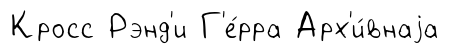
Кросс Рэнд'и Г'е́рра Арх'и́внаjа